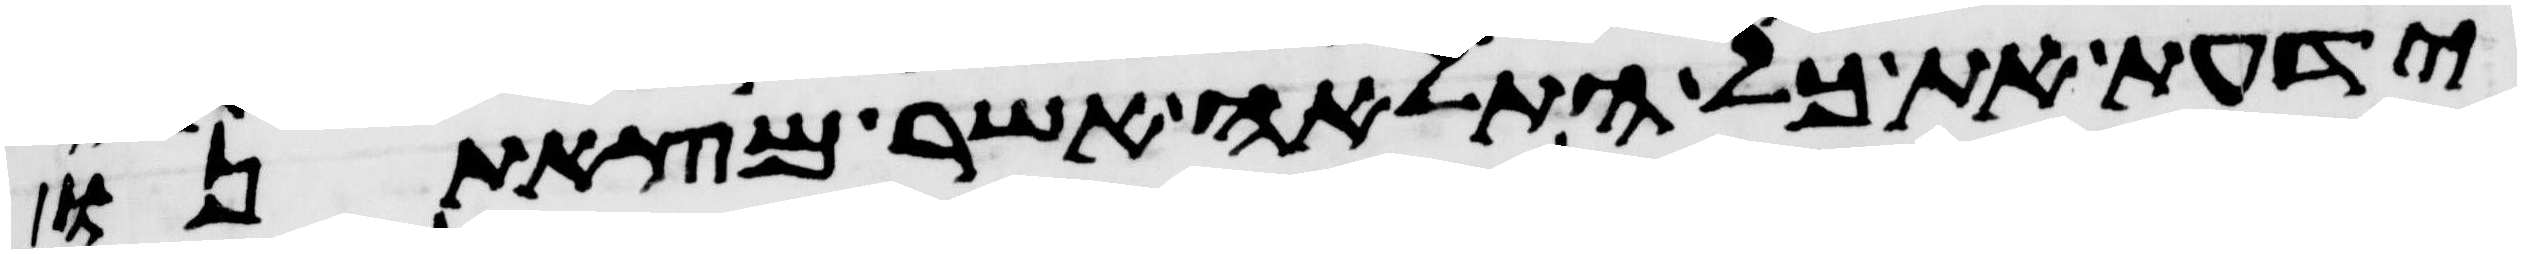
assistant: ידעת את כל התלאה אשר מצאתנו